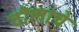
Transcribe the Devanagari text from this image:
दौलाचे